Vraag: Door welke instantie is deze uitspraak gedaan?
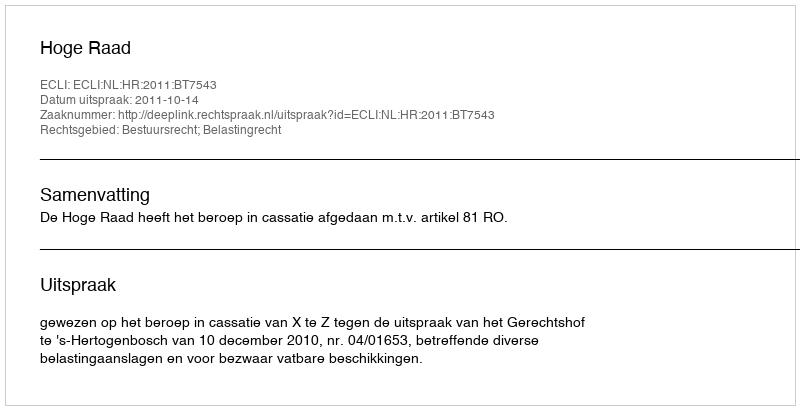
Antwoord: Hoge Raad